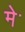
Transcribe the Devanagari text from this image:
मेॱ